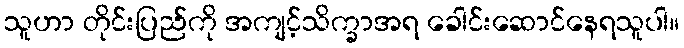
သူဟာ တိုင်းပြည်ကို အကျင့်သိက္ခာအရ ခေါင်းဆောင်နေရသူပါ။